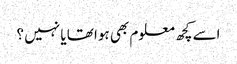
اسے کچھ معلوم بھی ہوا تھا یا نہیں ؟